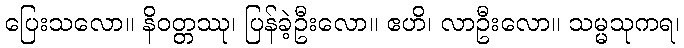
ပြေးသလော။ နိဝတ္တဿု၊ ပြန်ခဲ့ဦးလော။ ဧဟိ၊ လာဦးလော။ သမ္မသုကရ၊